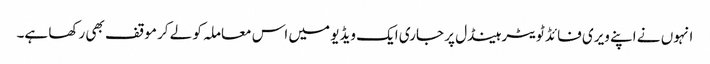
انہوں نے اپنے ویری فائڈ ٹویٹر ہینڈل پر جاری ایک ویڈیو میں اس معاملہ کو لے کر موقف بھی رکھا ہے۔